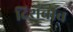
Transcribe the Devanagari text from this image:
दिशेचाच